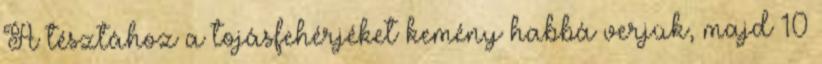
A tésztához a tojásfehérjéket kemény habbá verjük, majd 10